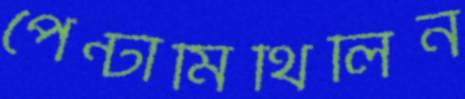
পেন্টামিথিলিন